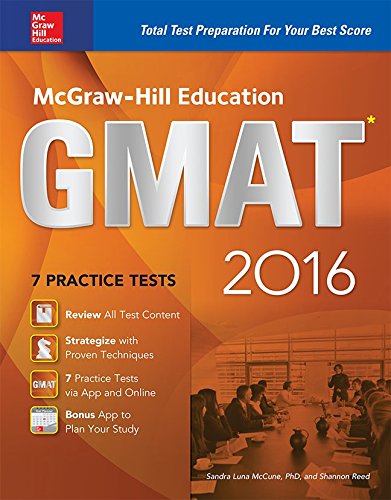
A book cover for McGraw-Hill Education GMAT 2016: Strategies + 10 Practice Tests + 11 Videos + 2 Apps (Mcgraw Hill Education Gmat Premium); Sandra Luna McCune; Test Preparation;